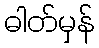
ဓါတ်မှန်